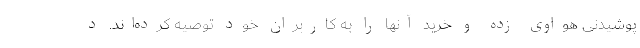
پوشیدنی هواوی زده و خرید آنها را به کاربران خود توصیه کرده‌اند. د